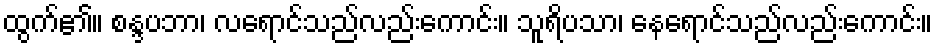
ထွက်၏။ စန္ဒပဘာ၊ လရောင်သည်လည်းကောင်း။ သူရိပသာ၊ နေရောင်သည်လည်းကောင်း။